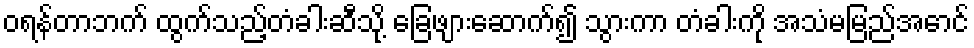
ဝရန်တာဘက် ထွက်သည့်တံခါးဆီသို့ ခြေဖျားဆောက်၍ သွားကာ တံခါးကို အသံမမြည်အောင်